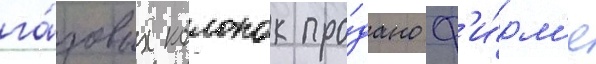
га́зовых колонок про́дано ф'и́рм'е